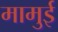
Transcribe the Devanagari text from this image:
मामुई